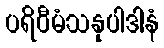
ပရိဝီမံသနုပါဒါနံ